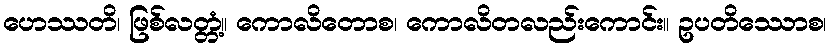
ဟေဿတိ၊ ဖြစ်လတ္တံ့။ ကောလိတောစ၊ ကောလိတလည်းကောင်း။ ဥပတိဿောစ၊